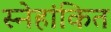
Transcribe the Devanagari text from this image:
स्नेहांकित